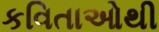
કવિતાઓથી